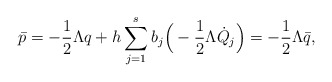
\begin{align*}\bar p = -\frac{1}{2}\Lambda q + h \sum_{j=1}^s b_j \Big( -\frac{1}{2}\Lambda \dot Q_j \Big) = -\frac{1}{2}\Lambda \bar q,\end{align*}